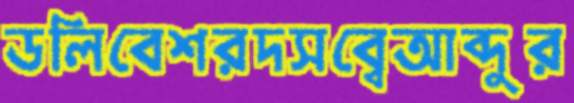
ডলিবেশরদসব্বেআব্দুর